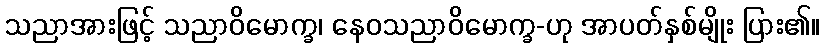
သညာအားဖြင့် သညာဝိမောက္ခ၊ နေဝသညာဝိမောက္ခ-ဟု အာပတ်နှစ်မျိုး ပြား၏။